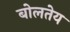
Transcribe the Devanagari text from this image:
बोलतेय